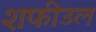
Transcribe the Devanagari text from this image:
शफीउल